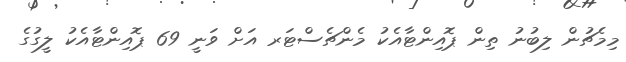
މިމެޗުން ލިބުނު ތިން ޕޮއިންޓާއެކު މެންޗެސްޓަރ އަށް ވަނީ 69 ޕޮއިންޓާއެކު ލީގުގެ